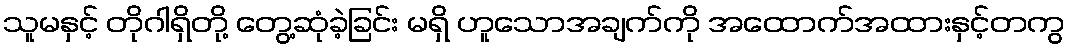
သူမနှင့် တိုဂါရှိတို့ တွေ့ဆုံခဲ့ခြင်း မရှိ ဟူသောအချက်ကို အထောက်အထားနှင့်တကွ